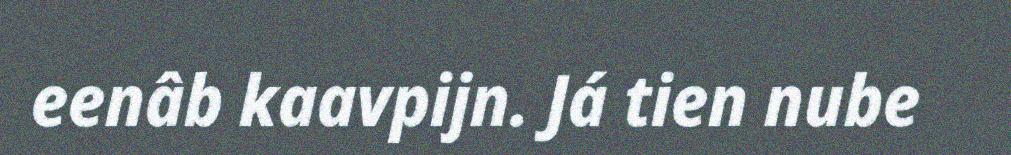
eenâb kaavpijn. Já tien nube